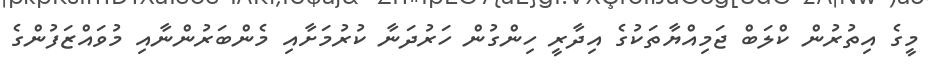
މީގެ އިތުރުން ކްލަބް ޖަމިއްޔާތަކުގެ އިދާރީ ހިންގުން ހަރުދަނާ ކުރުމަށާއި މެންބަރުންނާއި މުވައްޒަފުންގެ